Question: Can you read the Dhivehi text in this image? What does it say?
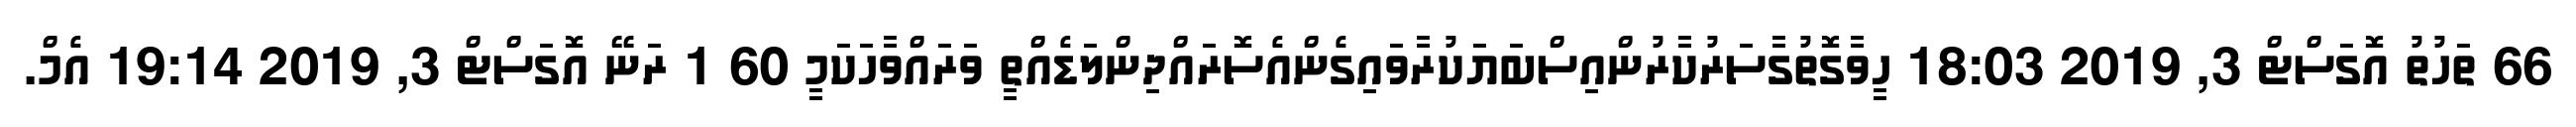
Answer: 66 ތަހުތު އޮގަސްޓް 3, 2019 18:03 ހީވާގޮތުގާސަރުކާރުންއިސްބަޔަކުރާވައިގެންއެސޮރައްދިންލަޑެއްތީ ވަރައްވާހަކަމީ 60 1 ރަނޭ އޮގަސްޓް 3, 2019 19:14 އެމް.